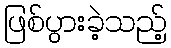
ဖြစ်ပွားခဲ့သည့်